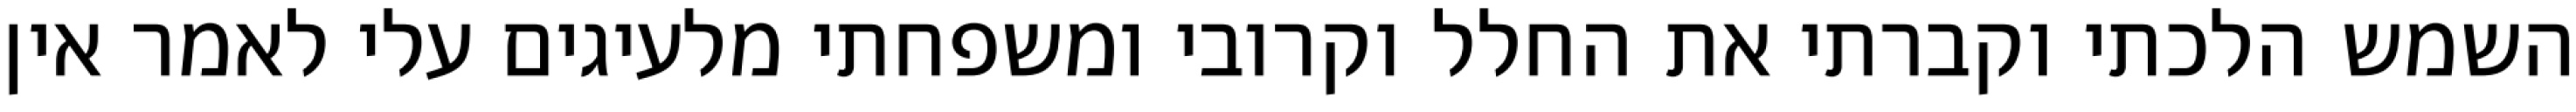
השמש הלכתי וקברתי את החלל וקרובי ומשפחתי מלעיגים עלי לאמר אין